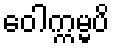
ဝေါက္ကမ္မပိ